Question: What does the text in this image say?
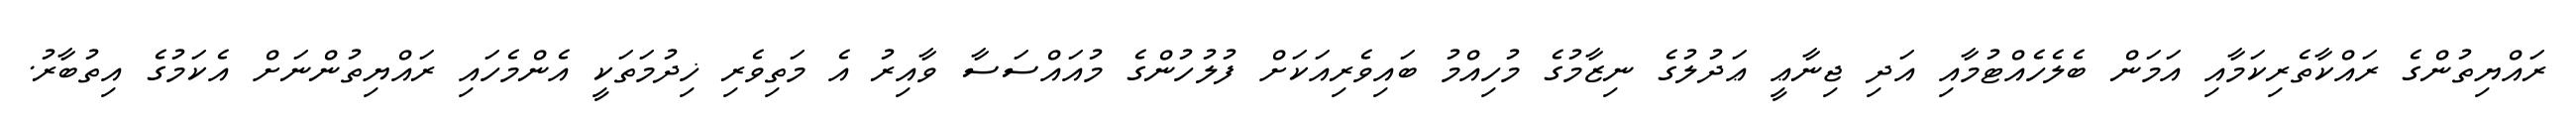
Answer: ރައްޔިތުންގެ ރައްކާތެރިކަމާއި އަމަން ބެލެހެއްޓުމާއި އަދި ޖިނާޢީ ޢަދުލުގެ ނިޒާމުގެ މުހިއްމު ބައިވެރިއަކަށް ފުލުހުންގެ މުއައްސަސާ ވާއިރު އެ މަތިވެރި ޚިދުމަތަކީ އެންމެހައި ރައްޔިތުންނަށް އެކަމުގެ އިތުބާރު.